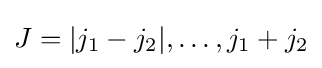
J=|j_{1}-j_{2}|,\ldots ,j_{1}+j_{2}